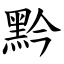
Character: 黔